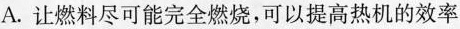
A.让燃料尽可能完全燃烧，可以提高热机的效率